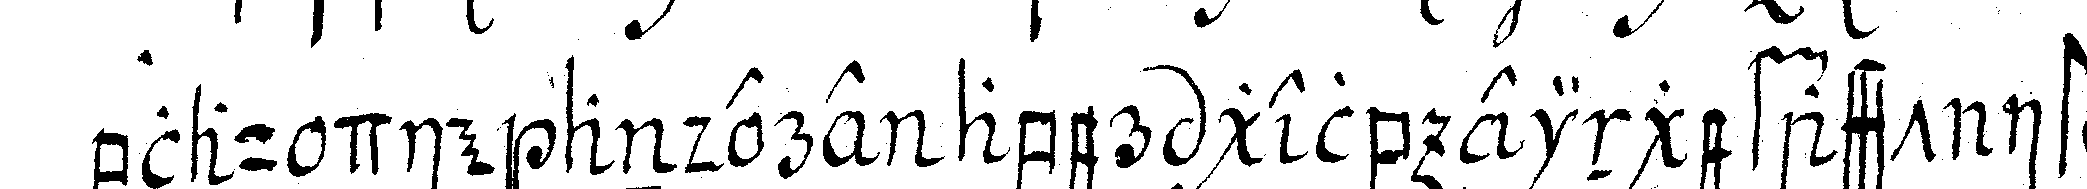
blau die andere aber gelb eingefasst ist